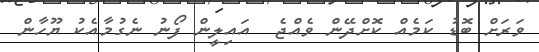
ވަރަށް ބޮޑު ކަމެއް ކޮށްދޭން ވެއްޖެ  އައިލީން ފޯނު ނެގުމާއެކު ޔޫހާން